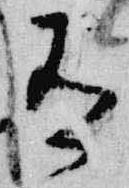
有